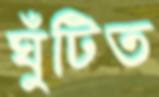
ঘুঁটিত